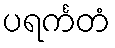
ပရင်္ကတံ